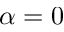
\alpha = 0